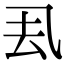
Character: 厾